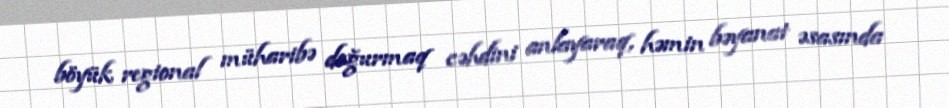
böyük regional müharibə doğurmaq cəhdini anlayaraq, həmin bəyanat əsasında